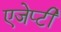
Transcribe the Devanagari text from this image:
एजेप्टी